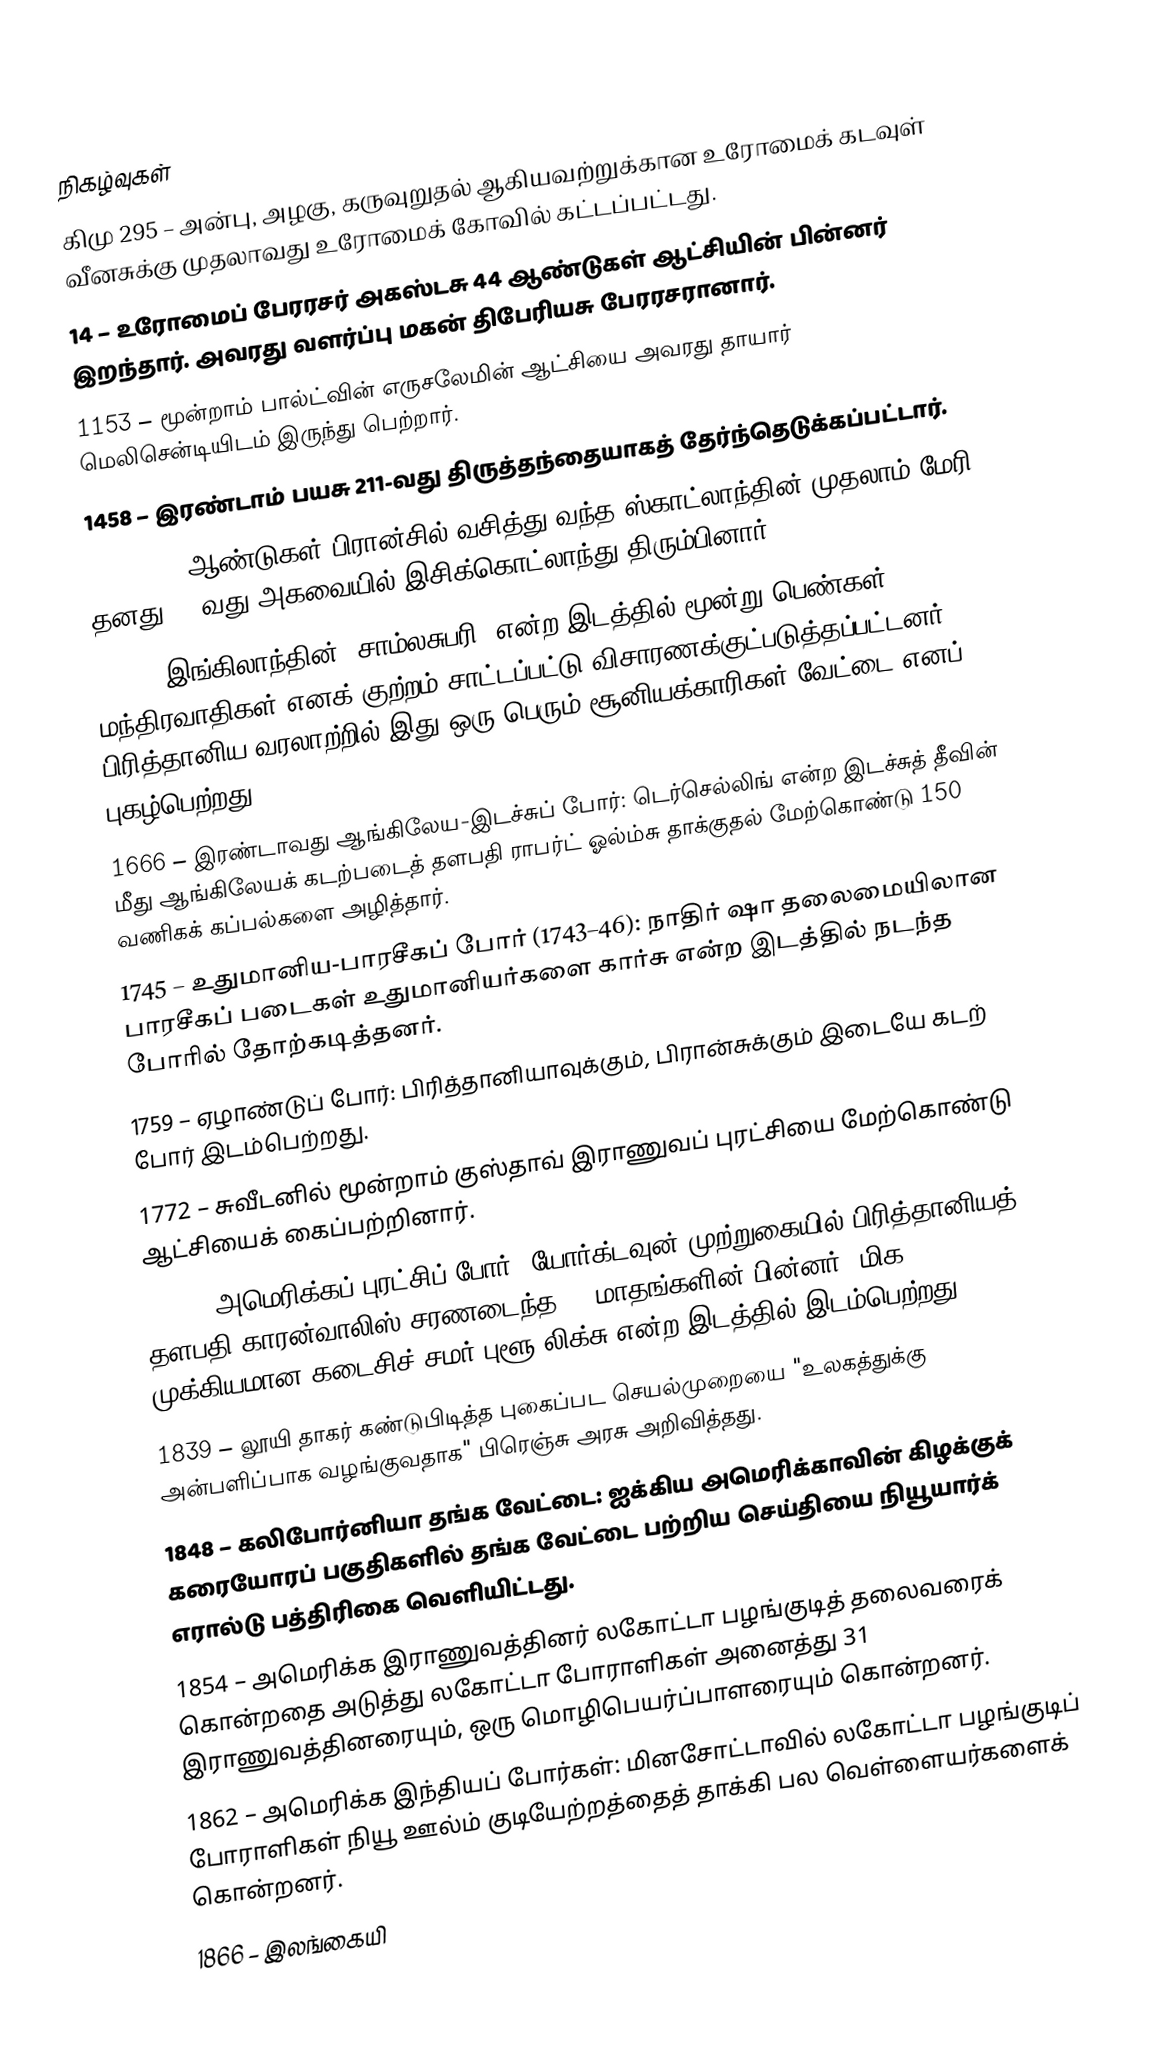

நிகழ்வுகள்
கிமு 295 – அன்பு, அழகு, கருவுறுதல் ஆகியவற்றுக்கான உரோமைக் கடவுள் வீனசுக்கு முதலாவது உரோமைக் கோவில் கட்டப்பட்டது.
14 – உரோமைப் பேரரசர் அகஸ்டசு 44 ஆண்டுகள் ஆட்சியின் பின்னர் இறந்தார். அவரது வளர்ப்பு மகன் திபேரியசு பேரரசரானார்.
1153 – மூன்றாம் பால்ட்வின் எருசலேமின் ஆட்சியை அவரது தாயார் மெலிசென்டியிடம் இருந்து பெற்றார்.
1458 – இரண்டாம் பயசு 211-வது திருத்தந்தையாகத் தேர்ந்தெடுக்கப்பட்டார்.
1561 – 13 ஆண்டுகள் பிரான்சில் வசித்து வந்த ஸ்காட்லாந்தின் முதலாம் மேரி தனது 18-வது அகவையில் இசிக்கொட்லாந்து திரும்பினார்.
1612 – இங்கிலாந்தின் 'சாம்லசுபரி' என்ற இடத்தில் மூன்று பெண்கள் மந்திரவாதிகள் எனக் குற்றம் சாட்டப்பட்டு விசாரணக்குட்படுத்தப்பட்டனர். பிரித்தானிய வரலாற்றில் இது ஒரு பெரும் சூனியக்காரிகள் வேட்டை எனப் புகழ்பெற்றது.
1666 – இரண்டாவது ஆங்கிலேய-இடச்சுப் போர்: டெர்செல்லிங் என்ற இடச்சுத் தீவின் மீது ஆங்கிலேயக் கடற்படைத் தளபதி ராபர்ட் ஓல்ம்சு தாக்குதல் மேற்கொண்டு 150 வணிகக் கப்பல்களை அழித்தார்.
1745 – உதுமானிய-பாரசீகப் போர் (1743–46): நாதிர் ஷா தலைமையிலான பாரசீகப் படைகள் உதுமானியர்களை கார்சு என்ற இடத்தில் நடந்த போரில் தோற்கடித்தனர்.
1759 – ஏழாண்டுப் போர்: பிரித்தானியாவுக்கும், பிரான்சுக்கும் இடையே கடற் போர் இடம்பெற்றது.
1772 – சுவீடனில் மூன்றாம் குஸ்தாவ் இராணுவப் புரட்சியை மேற்கொண்டு ஆட்சியைக் கைப்பற்றினார்.
1782 – அமெரிக்கப் புரட்சிப் போர்: யோர்க்டவுன் முற்றுகையில் பிரித்தானியத் தளபதி காரன்வாலிஸ் சரணடைந்த 10 மாதங்களின் பின்னர், மிக முக்கியமான கடைசிச் சமர் புளூ லிக்சு என்ற இடத்தில் இடம்பெற்றது.
1839 – லூயி தாகர் கண்டுபிடித்த புகைப்பட செயல்முறையை "உலகத்துக்கு அன்பளிப்பாக வழங்குவதாக" பிரெஞ்சு அரசு அறிவித்தது.
1848 – கலிபோர்னியா தங்க வேட்டை: ஐக்கிய அமெரிக்காவின் கிழக்குக் கரையோரப் பகுதிகளில் தங்க வேட்டை பற்றிய செய்தியை நியூயார்க் எரால்டு பத்திரிகை வெளியிட்டது.
1854 – அமெரிக்க இராணுவத்தினர் லகோட்டா பழங்குடித் தலைவரைக் கொன்றதை அடுத்து லகோட்டா போராளிகள் அனைத்து 31 இராணுவத்தினரையும், ஒரு மொழிபெயர்ப்பாளரையும் கொன்றனர்.
1862 – அமெரிக்க இந்தியப் போர்கள்: மினசோட்டாவில் லகோட்டா பழங்குடிப் போராளிகள் நியூ ஊல்ம் குடியேற்றத்தைத் தாக்கி பல வெள்ளையர்களைக் கொன்றனர்.
1866 – இலங்கையி